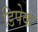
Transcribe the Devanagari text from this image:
डिपेक